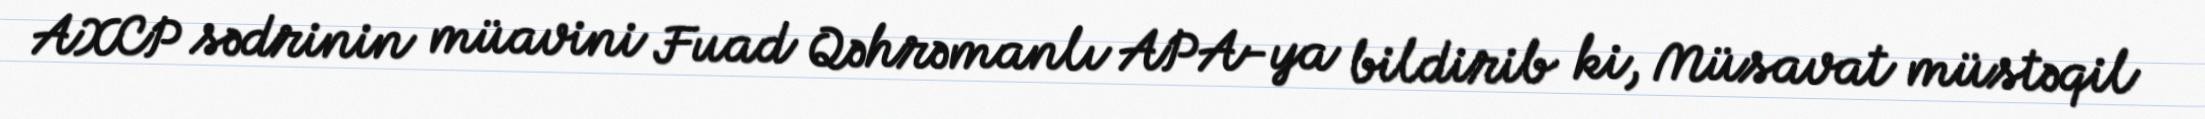
AXCP sədrinin müavini Fuad Qəhrəmanlı APA-ya bildirib ki, Müsavat müstəqil